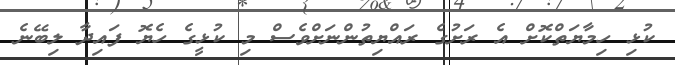
ކުޅި ހިމާޔަތްކޮށް އެ ރަށުގެ ރައްޔިތުންނަށްވެސް މި ކުޅީގެ ހެޔޮ ފައިދާ ލިބޭނެ